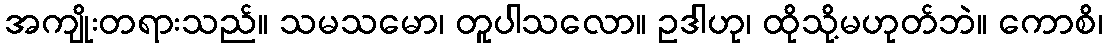
အကျိုးတရားသည်။ သမသမော၊ တူပါသလော။ ဥဒါဟု၊ ထိုသို့မဟုတ်ဘဲ။ ကောစိ၊